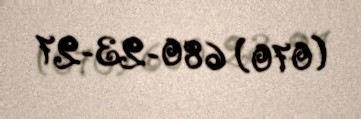
(070) 680-23-27